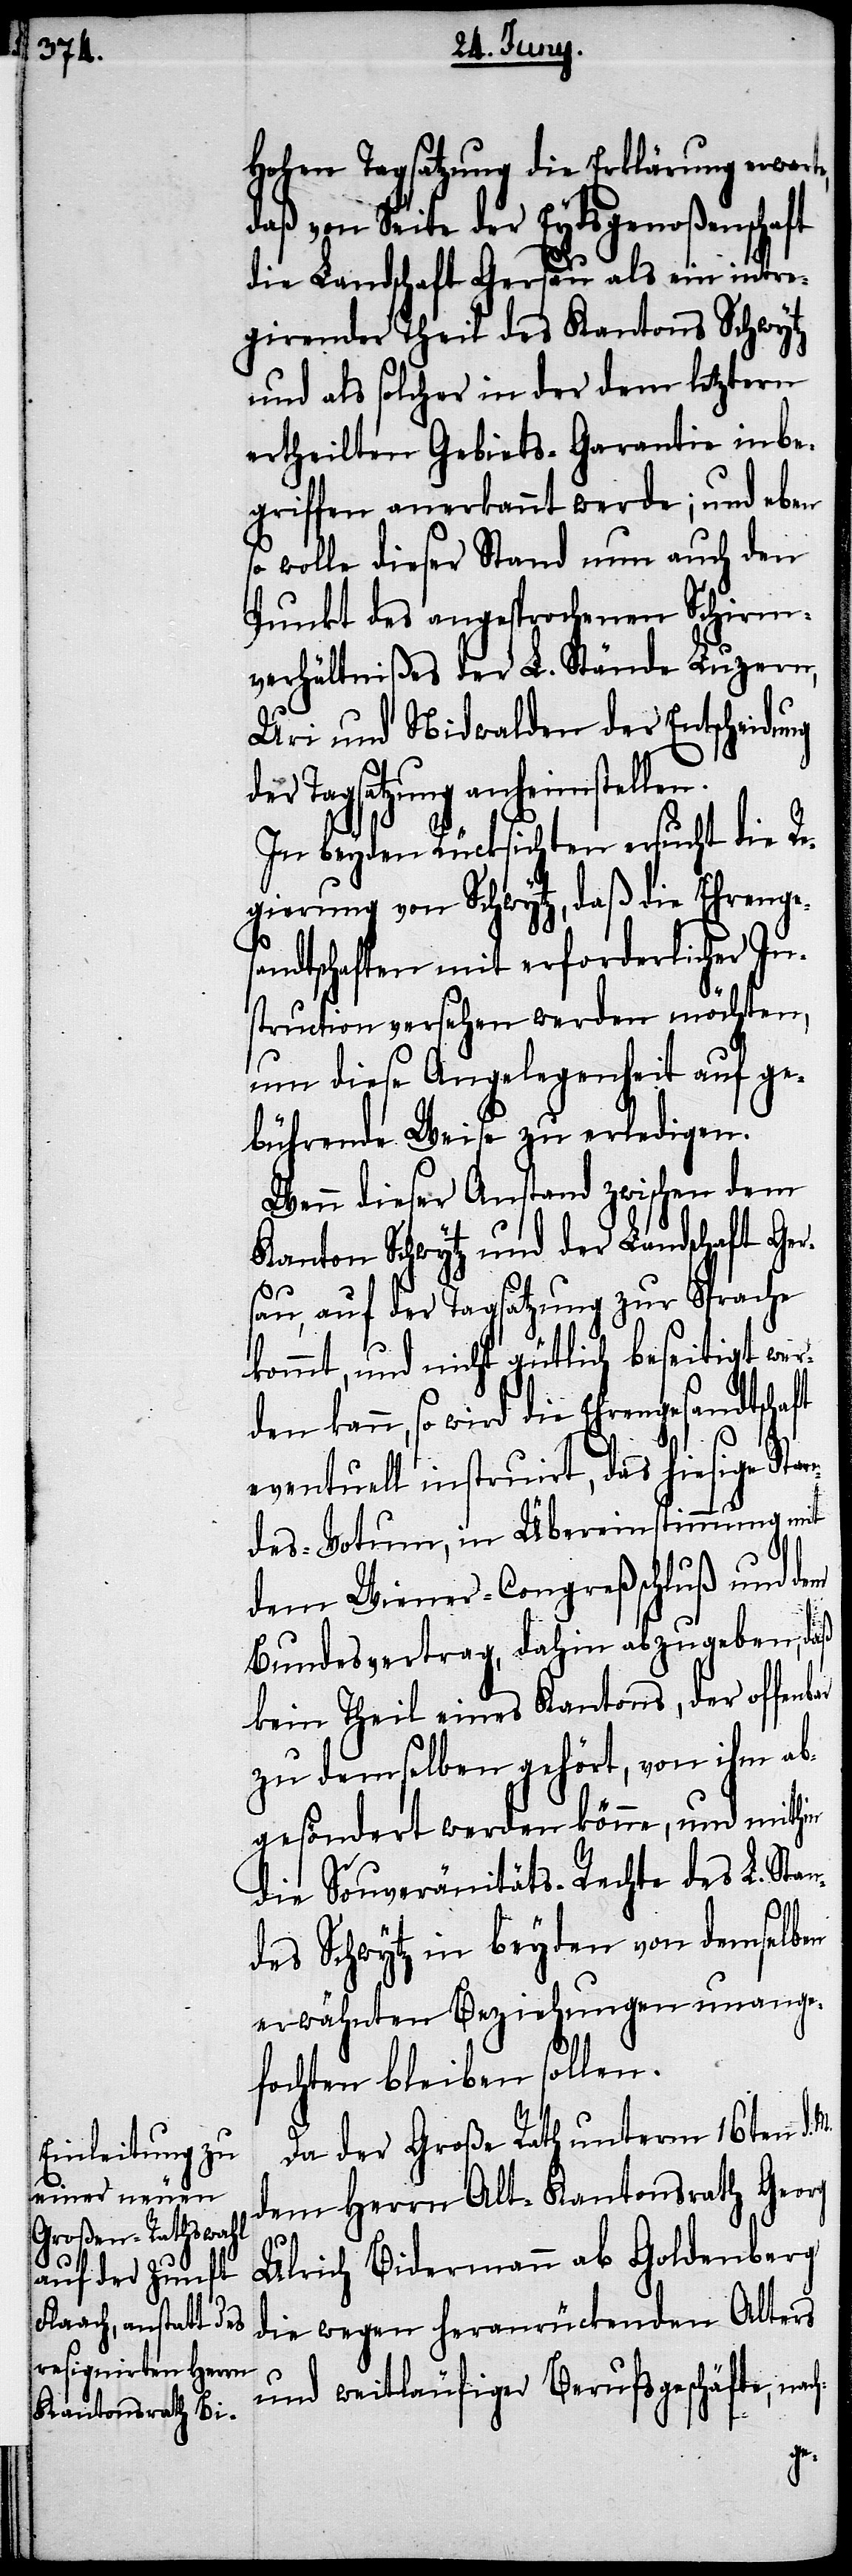
Hohen Tagsatzung die Erklärung erwarte,
daß von Seite der Eydsgenoßenschaft
die Landschaft Gersau als ein intreg¬
und als solcher in der dem letztern
ertheilten Gebiets-Garantie inbe¬
griffen anerkannt werde; und eben
so wolle dieser Stand nun auch den
Punkt des angesprochenen Schirm¬
verhältnißes der L. Stände Luzern,
Uri und Nidwalden der Entscheidung
er Tagsatzung anheimstellen.
In beyden Rücksichten ersucht die Re¬
gierung von Schwytz, daß die Ehrenges¬
andtschaften mit erforderlicher In¬
struction versehen werden möchten,
um diese Angelegenheit auf ge¬
bührende Weise zu erledigen.
Wenn dieser Anstand zwischen dem
Kanton Schwytz und der Landschaft Ger¬
sau, auf der Tagsatzung zur Sprache
kommt, und nicht gütlich beseitigt wer¬
den kann, so wird die Ehrengesandtschaft
eventuell instruirt, das hiesige Sta¬
ndes-Votum, in Übereinstimmung mit
dem Wiener-Congreßschluß und dem
Bundesvertrag, dahin abzugeben, daß
kein Theil eines Kantons, der offenb¬
zu demselben gehört, von ihm ab¬
gesöndert werden könne, und mithin
die Souveränitäts-Rechte des L. Stan¬
des Schwytz in beyden von demselben
erwähnten Beziehungen unange¬
fochten bleiben sollen.
Da der Große Rath unterm 16ten d.
dem Herrn Alt-Kantonsrath Georg
Ulrich Bidermann ab Goldenberg
die wegen heranrückenden Alters
und weitläufiger Berufsgeschäfte,
ar